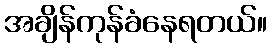
အချိန်ကုန်ခံနေရတယ်။